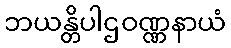
ဘယန္တိပါဌဝဏ္ဏနာယံ